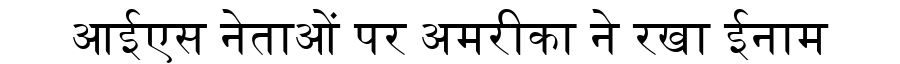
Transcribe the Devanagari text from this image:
आईएस नेताओं पर अमरीका ने रखा ईनाम